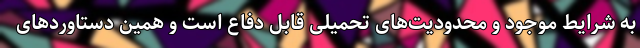
به شرایط موجود و محدودیت‌های تحمیلی قابل دفاع است و همین دستاوردهای